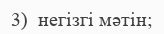
3)  негізгі мәтін;